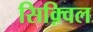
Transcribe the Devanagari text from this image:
सिक़्विल